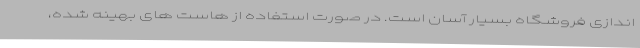
اندازی فروشگاه بسیار آسان است. در صورت استفاده از هاست های بهینه شده،